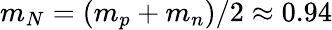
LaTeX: m_{N}=(m_{p}+m_{n})/2\approx 0.94